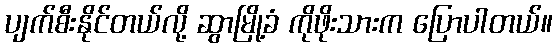
ပျက်စီးနိုင်တယ်လို့ ဆွာမြို့ခံ ကိုဖိုးသားက ပြောပါတယ်။